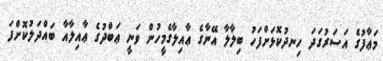
މަޢާފުގެ އަސަރުގަދަ ހިނދުކޮޅަށްފަހު ބިލާލާ އޭނާގެ ޢާއިލާގެމީހުން ވަނީ ޢަބްދުގެ ޢާއިލާއާ ބައްދަލުކޮށްފަ